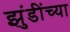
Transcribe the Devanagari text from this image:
झुंडींच्या